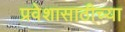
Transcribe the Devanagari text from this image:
प्रवेशासाठीच्या